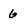
Character: 6